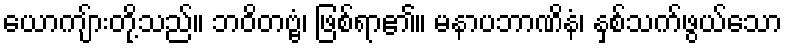
ယောကျ်ားတို့သည်။ ဘဝိတဗ္ဗံ၊ ဖြစ်ရာ၏။ မနာပဘာဏိနံ၊ နှစ်သက်ဖွယ်သော